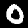
Label: 0